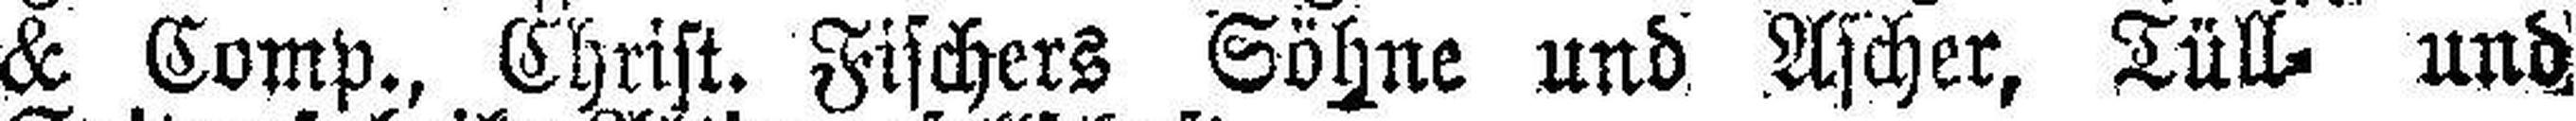
& Comp., Christ. Fischers Söhne und Ascher, Tüll= und